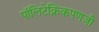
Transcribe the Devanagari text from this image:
पॉलिटेक्निकपणजी